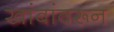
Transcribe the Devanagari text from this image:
खांबांवरून